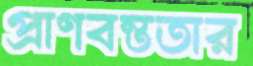
প্রাণবন্ততার